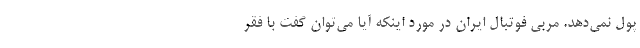
پول نمی‌دهد. مربی فوتبال ایران در مورد اینکه آیا می‌توان گفت با فقر